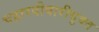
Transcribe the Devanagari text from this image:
चहारदीवारीयुक्त